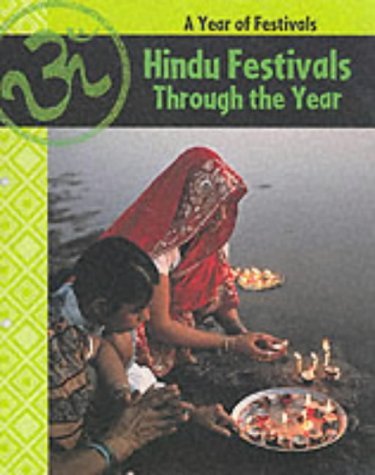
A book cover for A Hindu Festivals Through the Year (A Year of Festivals); Anita Ganeri; Children's Books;